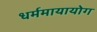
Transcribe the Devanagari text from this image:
धर्ममायायोग